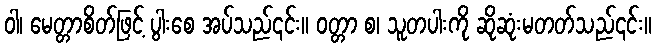
ဝါ၊ မေတ္တာစိတ်ဖြင့် ပွါးစေ အပ်သည်၎င်း။ ဝတ္တာ စ၊ သူတပါးကို ဆိုဆုံးမတတ်သည်၎င်း။